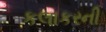
કલાકરની